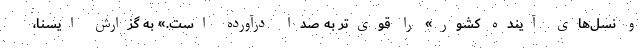
و نسل‌های آینده کشور» را قوی‌تر به صدا درآورده است.» به گزارش ایسنا،